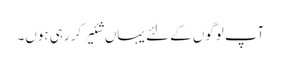
آپ لوگوں کے لئے یہاں شئیر کر رہی ہوں۔